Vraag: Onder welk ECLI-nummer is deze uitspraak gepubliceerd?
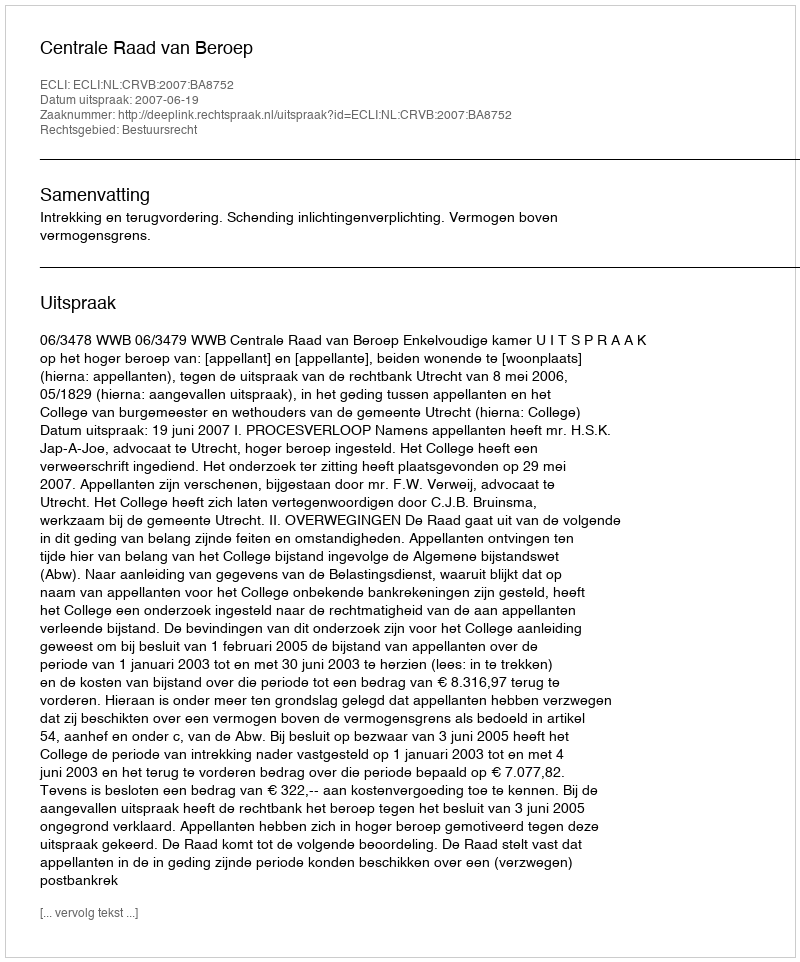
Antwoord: ECLI:NL:CRVB:2007:BA8752